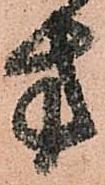
方